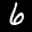
Label: 6